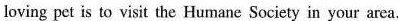
loving pet is to visit the Humane Society in your arca.